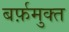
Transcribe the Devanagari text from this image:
बर्फ़मुक्त